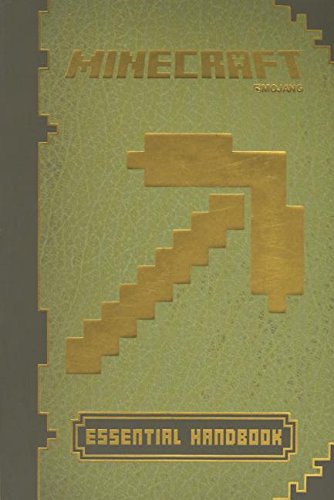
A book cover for Minecraft Essential Handbook; Stephanie Soares Milton; Humor & Entertainment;